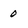
Character: 0